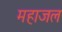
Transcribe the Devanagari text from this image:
महाजल